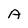
Character: A